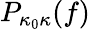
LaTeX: P_{\kappa_{0}\kappa}(f)